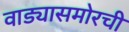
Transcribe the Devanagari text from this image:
वाड्यासमोरची